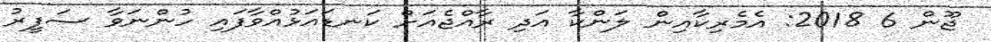
ޖޫން 6 2018: އެމެރިކާއިން ލަންކާ އަދި ރާއްޖެއަށް ކަނޑައަޅުއްވާފައި ހުންނަވާ ސަފީރު